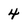
Character: 4